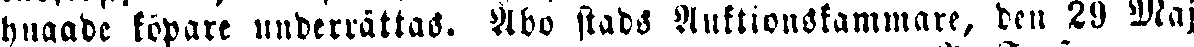
hugade köpare underrättas. Åbo stads Auktionskammare, den 19 Maj